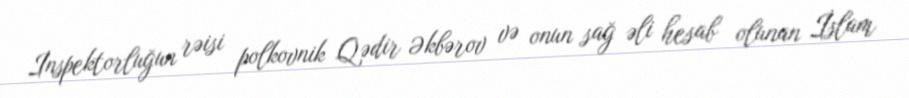
İnspektorluğun rəisi polkovnik Qədir Əkbərov və onun sağ əli hesab olunan İslam